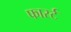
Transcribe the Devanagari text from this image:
फार्स्ट